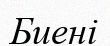
Биені